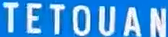
TETOUAN